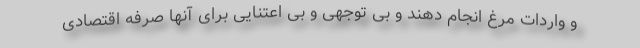
و واردات مرغ انجام دهند و بی توجهی و بی اعتنایی برای آنها صرفه اقتصادی